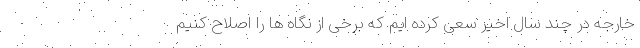
خارجه در چند سال اخیر سعی کرده ایم که برخی از نگاه ها را اصلاح کنیم